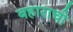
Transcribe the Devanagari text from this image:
बहाराची